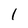
Character: 1